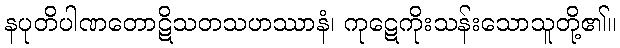
နပုတိပါဏတောဋိသတသဟဿာနံ၊ ကုဋေကိုးသန်းသောသူတို့၏။